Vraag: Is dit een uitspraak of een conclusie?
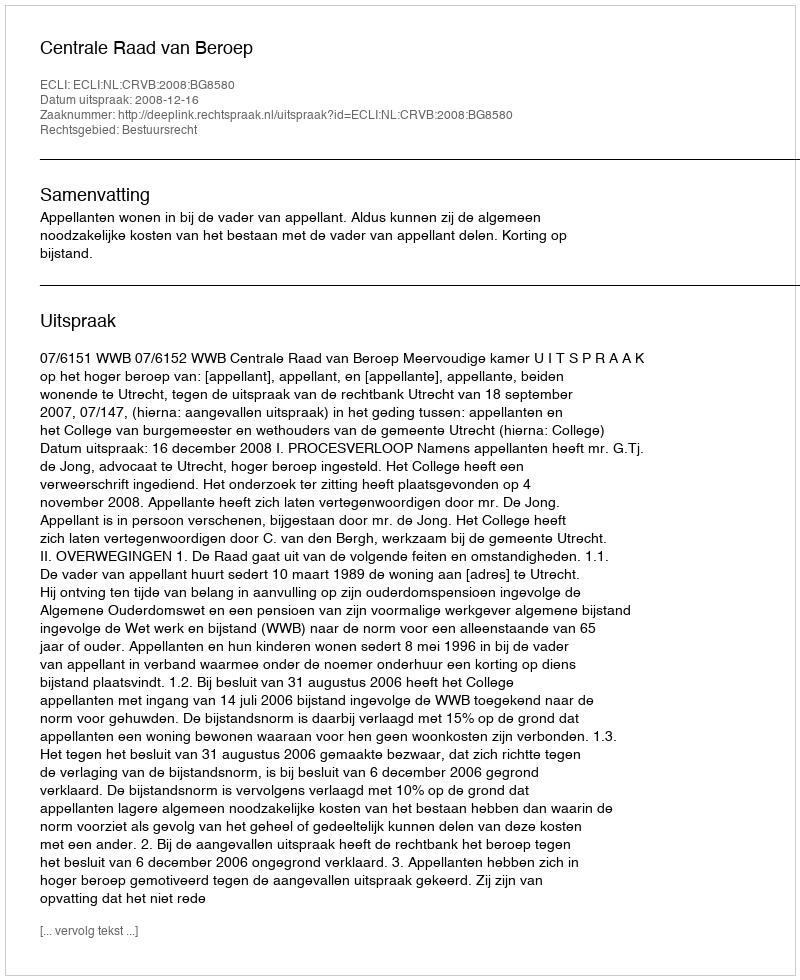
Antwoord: Uitspraak